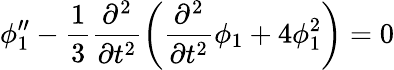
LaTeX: \phi_{1}^{\prime\prime}-\frac{1}{3}\frac{\partial^{2}}{\partial t^{2}}\left(\frac{\partial^{2}}{\partial t^{2}}{\phi}_{1}+4\phi_{1}^{2}\right)=0